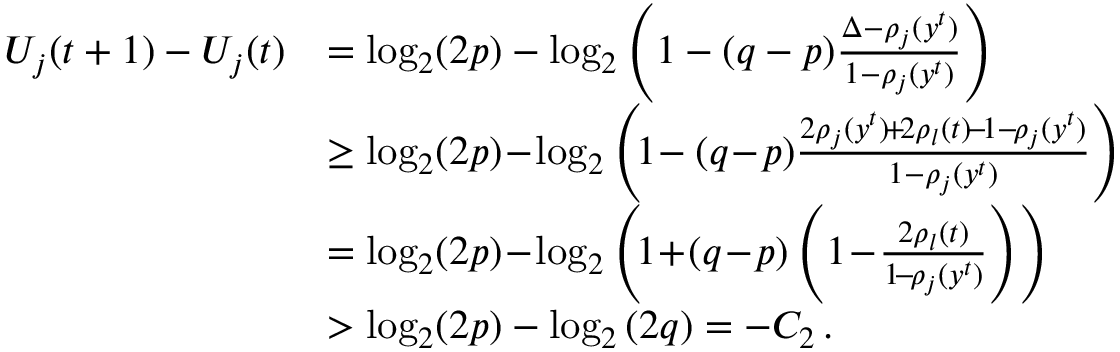
\begin{array} { r l } { U _ { j } ( t + 1 ) - U _ { j } ( t ) } & { = \log _ { 2 } ( 2 p ) - \log _ { 2 } \left( 1 - ( q - p ) \frac { \Delta - \rho _ { j } ( y ^ { t } ) } { 1 - \rho _ { j } ( y ^ { t } ) } \right) } \\ & { \ge \log _ { 2 } ( 2 p ) \! - \! \log _ { 2 } \left( \! 1 \! - ( q \! - \! p ) \frac { 2 \rho _ { j } ( y ^ { t } ) \! + \! 2 \rho _ { l } ( t ) \! - \! 1 - \! \rho _ { j } ( y ^ { t } ) } { 1 - \rho _ { j } ( y ^ { t } ) } \right) } \\ & { = \log _ { 2 } ( 2 p ) \! - \! \log _ { 2 } \left( \! 1 \! + \! ( q \! - \! p ) \left( 1 \! - \! \frac { 2 \rho _ { l } ( t ) } { 1 \! - \! \rho _ { j } ( y ^ { t } ) } \right) \right) } \\ & { > \log _ { 2 } ( 2 p ) - \log _ { 2 } \left( 2 q \right) = - C _ { 2 } \, . } \end{array}